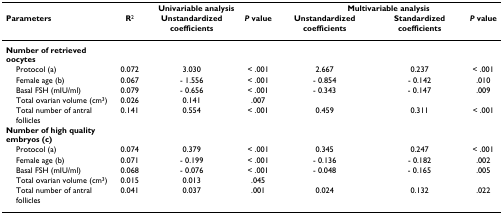
|  | <COLSPAN=3> Univariable analysis | <COLSPAN=3> Multivariable analysis |
 | Parameters | R2 | Unstandardized coefficients | P value | Unstandardized coefficients | Standardized coefficients | P value |
 | --- | --- | --- | --- | --- | --- | --- |
 | Number of retrieved oocytes |  |  |  |  |  |  |
 | Protocol (a) | 0.072 | 3.030 | < .001 | 2.667 | 0.237 | < .001 |
 | Female age (b) | 0.067 | - 1.556 | < .001 | - 0.854 | - 0.142 | .010 |
 | Basal FSH (mIU/ml) | 0.079 | - 0.656 | < .001 | - 0.343 | - 0.147 | .009 |
 | Total ovarian volume (cm3) | 0.026 | 0.141 | .007 |  |  |  |
 | Total number of antral follicles | 0.141 | 0.554 | < .001 | 0.459 | 0.311 | < .001 |
 | Number of high quality embryos (c) |  |  |  |  |  |  |
 | Protocol (a) | 0.074 | 0.379 | < .001 | 0.345 | 0.247 | < .001 |
 | Female age (b) | 0.071 | - 0.199 | < .001 | - 0.136 | - 0.182 | .002 |
 | Basal FSH (mIU/ml) | 0.068 | - 0.076 | < .001 | - 0.048 | - 0.165 | .005 |
 | Total ovarian volume (cm3) | 0.015 | 0.013 | .045 |  |  |  |
 | Total number of antral follicles | 0.041 | 0.037 | .001 | 0.024 | 0.132 | .022 |